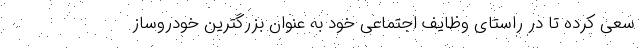
سعی کرده تا در راستای وظایف اجتماعی خود به عنوان بزرگترین خودروساز